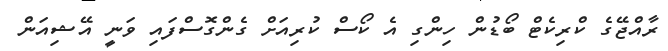
ރާއްޖޭގެ ކްރިކެޓް ބޯޑުން ހިންގި އެ ކޯސް ކުރިއަށް ގެންގޮސްފައި ވަނީ އޭޝިއަން